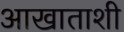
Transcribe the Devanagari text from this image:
आखाताशी